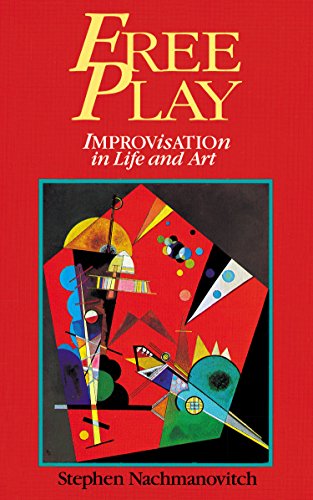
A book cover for Free Play: Improvisation in Life and Art; Stephen Nachmanovitch; Humor & Entertainment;